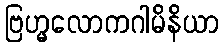
ဗြဟ္မလောကဂါမိနိယာ